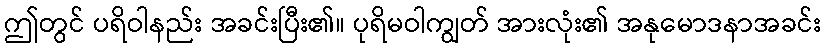
ဤတွင် ပရိဝါနည်း အခင်းပြီး၏။ ပုရိမဝါကျွတ် အားလုံး၏ အနုမောဒနာအခင်း